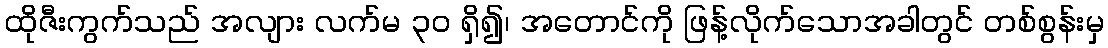
ထိုဇီးကွက်သည် အလျား လက်မ ၃၀ ရှိ၍၊ အတောင်ကို ဖြန့်လိုက်သောအခါတွင် တစ်စွန်းမှ